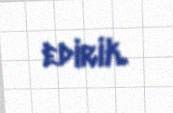
edirik.